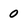
Character: 0